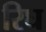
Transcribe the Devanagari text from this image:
रिघ